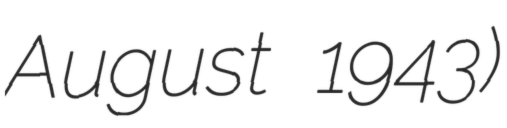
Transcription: August 1943)